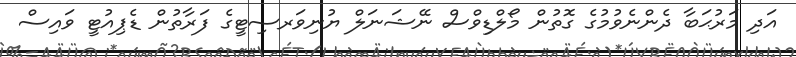
އަދި މަރުޙަބާ ދެންނެވުމުގެ ގޮތުން މޯލްޑިވްސް ނޭޝަނަލް ޔުނިވަރސިޓީގެ ފަރާތުން ޑެޕިއުޓީ ވައިސް